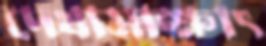
দেখাসাক্ষাৎ